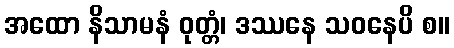
အထော နိသာမနံ ဝုတ္တံ၊ ဒဿနေ သဝနေပိ စ။